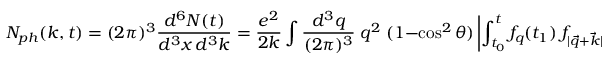
N _ { p h } ( k , t ) = ( 2 \pi ) ^ { 3 } \frac { d ^ { 6 } N ( t ) } { d ^ { 3 } x \, d ^ { 3 } k } = \frac { e ^ { 2 } } { 2 k } \int \frac { d ^ { 3 } q } { ( 2 \pi ) ^ { 3 } } \; q ^ { 2 } \; ( 1 - \cos ^ { 2 } \theta ) \left| \int _ { t _ { 0 } } ^ { t } f _ { q } ( t _ { 1 } ) \; f _ { | \vec { q } + \vec { k } | } ( t _ { 1 } ) \; e ^ { - i k t _ { 1 } } \; d t _ { 1 } \right| ^ { 2 }